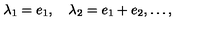
\lambda _ { 1 } = e _ { 1 } , \quad \lambda _ { 2 } = e _ { 1 } + e _ { 2 } , \ldots ,